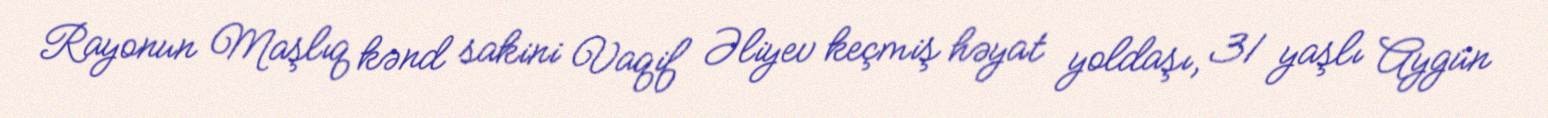
Rayonun Maşlıq kənd sakini Vaqif Əliyev keçmiş həyat yoldaşı, 31 yaşlı Aygün